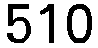
510